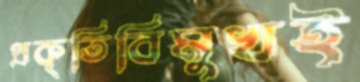
প্রকৃতিবিমুখই